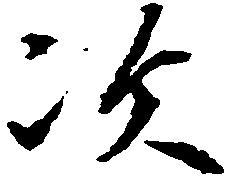
次